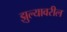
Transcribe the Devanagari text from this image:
झुल्यावरील